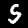
Digit: 5